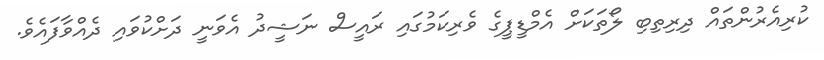
ކުރިއެރުންތައް ދިރިތިބި ލޯތަކަށް އެމްޑީޕީގެ ވެރިކަމުގައި ރައީސް ނަޝީދު އެވަނީ ދަށްކުވައި ދެއްވާފައެވެ.